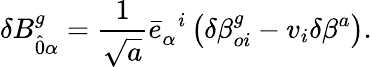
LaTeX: \delta B_{\hat{0}\alpha}^{g}=\frac{1}{\sqrt{a}}{\bar{e}}_{\alpha}^{\; \; i}\left(\delta{\beta}_{oi}^{g}-v_{i}\delta\beta^{a}\right).